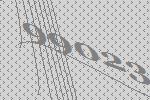
99023